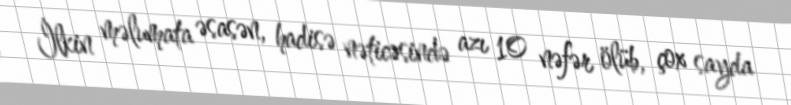
İlkin məlumata əsasən, hadisə nəticəsində azı 10 nəfər ölüb, çox sayda